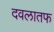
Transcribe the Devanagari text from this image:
दवलातफ